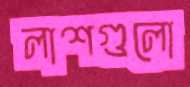
লাশগুলো